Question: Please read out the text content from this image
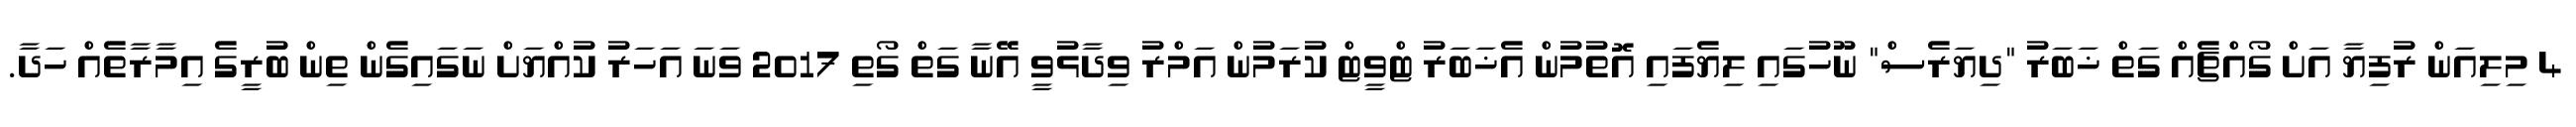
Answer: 4 މިލިއަން ރުފިޔާ އަށް ގޯއްޗެއް ގަތް ޚަބަރު "ދިޔަރެސް" ނޫހުގައި ލިޔެފައި އޮތުމުން އެޚަބަރު ޓްވީޓް ކުރަމުން އަމްރު ވިދާޅުވީ އޭނާ ގަތް ގޯތި 2017 ވަނަ އަހަރު ކުއްޔަށް ނަގައިގެން ތިން ބުރީގެ އިމާރާތެއް ހަދާ.